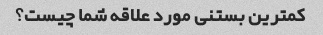
کمترین بستنی مورد علاقه شما چیست؟